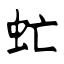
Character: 虻